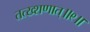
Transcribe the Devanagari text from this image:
तत्ख्शणात्॥९॥